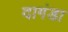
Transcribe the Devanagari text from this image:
दागंडा